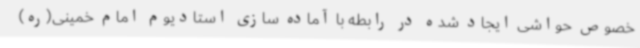
خصوص حواشی ایجاد شده در رابطه با آماده سازی استادیوم امام خمینی(ره)